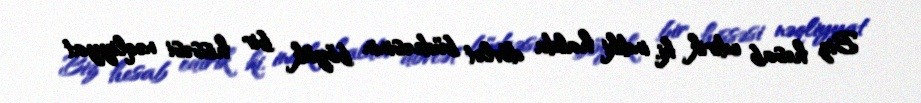
Biz hesab edirik ki, indiki halda dövlət büdcəsinin böyük bir hissəsi nəqliyyat